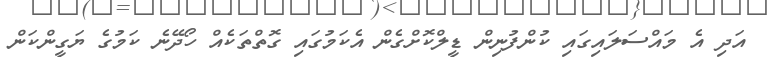
އަދި އެ މައްސަލައިގައި ކުންފުނިން ޑީލްކޮށްގެން އެކަމުގައި ގޮތްތަކެއް ހޯދޭނެ ކަމުގެ ޔަގީންކަން